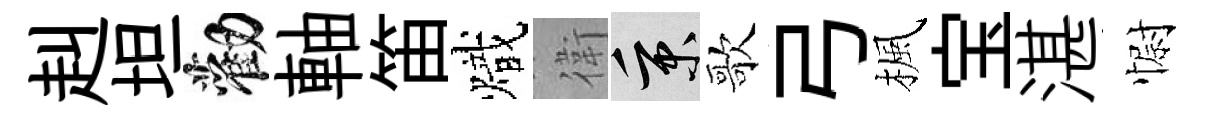
赳坦勸軸笛熾衛秉歌弓楓宝湛𢠢